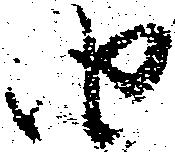
由